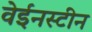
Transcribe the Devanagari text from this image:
वेईनस्टीन